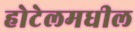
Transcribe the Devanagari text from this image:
होटेलमधील